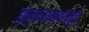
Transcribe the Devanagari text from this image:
हुकुमनाम्यामुळे